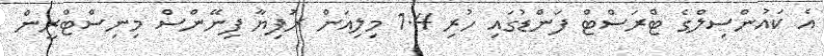
އެ ކައުންސިލްގެ ޓްރަސްޓް ފަންޑުގައި ހުރި 1.4 މިލިއަން ރުފިޔާ ފިނޭންސް މިނިސްޓްރީން